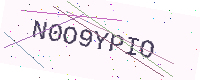
Text: N0O9YPIO